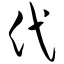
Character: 代